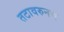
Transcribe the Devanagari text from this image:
तटावरुनच